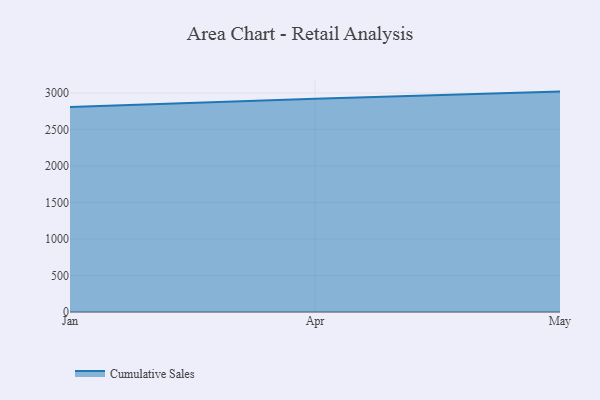
{"axis": {"x": "Month", "y": "Website Visitors"}, "legend": ["Cumulative Sales"], "data": [{"x": "Jan", "y": 2808.9, "type": "Cumulative Sales"}, {"x": "Apr", "y": 2921.8, "type": "Cumulative Sales"}, {"x": "May", "y": 3018.5, "type": "Cumulative Sales"}]}